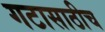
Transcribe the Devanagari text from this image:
गटासाठीच